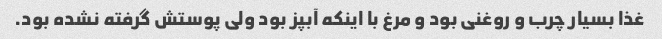
غذا بسیار چرب و روغنی بود و مرغ با اینکه آبپز بود ولی پوستش گرفته نشده بود.